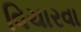
વિચારવા